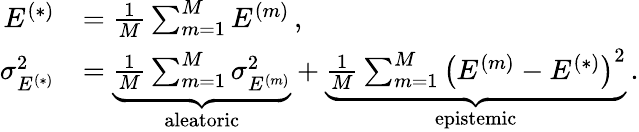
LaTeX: \begin{array}{rl}{E^{(*)}}&{=\frac{1}{M}\sum_{m=1}^{M}E^{(m)}\, ,}\\ {\sigma_{E^{(*)}}^{2}}&{=\underbrace{\frac{1}{M}\sum_{m=1}^{M}\sigma_{E^{(m)}}^{2}}_{\mathrm{aleatoric}}+\underbrace{\frac{1}{M}\sum_{m=1}^{M}\left(E^{(m)}-E^{(*)}\right)^{2}}_{\mathrm{epistemic}}\, .}\end{array}